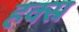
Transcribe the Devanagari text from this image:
हक्स्र